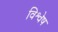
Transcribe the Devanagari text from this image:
विश्वेष